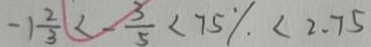
- 1 \frac { 2 } { 3 } < - \frac { 3 } { 5 } < 7 5 \% < 2 . 7 5